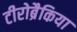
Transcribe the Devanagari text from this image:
टीरोब्रैकिया